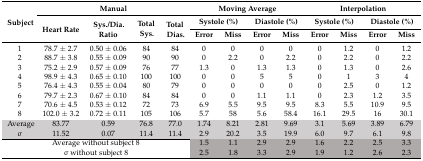
<table><thead><tr><td rowspan="3"><b>Subject</b></td><td colspan="4"><b>Manual</b></td><td colspan="4"><b>Moving Average</b></td><td colspan="4"><b>Interpolation</b></td></tr><tr><td rowspan="2"><b>Heart Rate</b></td><td rowspan="2"><b>Sys./Dia. Ratio</b></td><td rowspan="2"><b>Total Sys.</b></td><td rowspan="2"><b>Total Dias.</b></td><td colspan="2"><b>Systole (%)</b></td><td colspan="2"><b>Diastole (%)</b></td><td colspan="2"><b>Systole (%)</b></td><td colspan="2"><b>Diastole (%)</b></td></tr><tr><td><b>Error</b></td><td><b>Miss</b></td><td><b>Error</b></td><td><b>Miss</b></td><td><b>Error</b></td><td><b>Miss</b></td><td><b>Error</b></td><td><b>Miss</b></td></tr></thead><tbody><tr><td>1</td><td>78.7 ± 2.7</td><td>0.50 ± 0.06</td><td>84</td><td>84</td><td>0</td><td>0</td><td>0</td><td>0</td><td>0</td><td>1.2</td><td>0</td><td>1.2</td></tr><tr><td>2</td><td>88.7 ± 3.8</td><td>0.55 ± 0.09</td><td>90</td><td>90</td><td>0</td><td>2.2</td><td>0</td><td>2.2</td><td>0</td><td>2.2</td><td>0</td><td>2.2</td></tr><tr><td>3</td><td>75.2 ± 2.9</td><td>0.57 ± 0.09</td><td>76</td><td>77</td><td>1.3</td><td>0</td><td>1.3</td><td>1.3</td><td>0</td><td>1.3</td><td>0</td><td>2.6</td></tr><tr><td>4</td><td>98.9 ± 4.3</td><td>0.65 ± 0.10</td><td>100</td><td>100</td><td>0</td><td>0</td><td>5</td><td>5</td><td>0</td><td>1</td><td>3</td><td>4</td></tr><tr><td>5</td><td>76.4 ± 4.3</td><td>0.55 ± 0.04</td><td>80</td><td>79</td><td>0</td><td>0</td><td>0</td><td>0</td><td>0</td><td>2.5</td><td>0</td><td>1.2</td></tr><tr><td>6</td><td>79.7 ± 2.3</td><td>0.67 ± 0.10</td><td>84</td><td>84</td><td>0</td><td>0</td><td>1.1</td><td>1.1</td><td>0</td><td>2.3</td><td>1.2</td><td>3.5</td></tr><tr><td>7</td><td>70.6 ± 4.5</td><td>0.53 ± 0.12</td><td>72</td><td>73</td><td>6.9</td><td>5.5</td><td>9.5</td><td>9.5</td><td>8.3</td><td>5.5</td><td>10.9</td><td>9.5</td></tr><tr><td>8</td><td>102.0 ± 3.2</td><td>0.72 ± 0.11</td><td>105</td><td>106</td><td>5.7</td><td>58</td><td>5.6</td><td>58.4</td><td>16.1</td><td>29.5</td><td>16</td><td>30.1</td></tr><tr><td>Average</td><td>83.77</td><td>0.59</td><td>76.8</td><td>77.0</td><td>1.74</td><td>8.21</td><td>2.81</td><td>9.69</td><td>3.1</td><td>5.69</td><td>3.89</td><td>6.79</td></tr><tr><td>σ</td><td>11.52</td><td>0.07</td><td>11.4</td><td>11.4</td><td>2.9</td><td>20.2</td><td>3.5</td><td>19.9</td><td>6.0</td><td>9.7</td><td>6.1</td><td>9.8</td></tr><tr><td colspan="5">Average without subject 8</td><td>1.5</td><td>1.1</td><td>2.9</td><td>2.9</td><td>1.6</td><td>2.2</td><td>2.5</td><td>3.3</td></tr><tr><td colspan="5">σ without subject 8</td><td>2.5</td><td>1.8</td><td>3.3</td><td>2.9</td><td>1.9</td><td>1.2</td><td>2.6</td><td>2.3</td></tr></tbody></table>